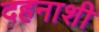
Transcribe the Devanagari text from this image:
दहनाशी